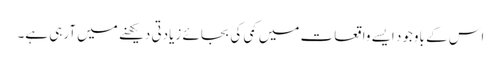
اس کے باوجود ایسے واقعات میں کمی کی بجائے زیادتی دیکھنے میں آرہی ہے۔